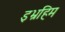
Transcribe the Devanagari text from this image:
इभ्रहिम